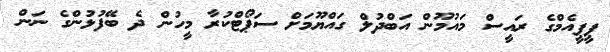
ޕީޕީއެމްގެ ރައީސް މައުމޫން އަބްދުލް ގައްޔޫމަށް ސަޕޯޓްކުރާ މީހުން ދެ ބޭފުޅުންގެ ނަން